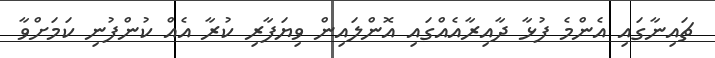
ޗައިނާގައި އެންމެ ފުޅާ ދާއިރާއެއްގައި އޮންލައިން ވިޔަފާރި ކުރާ އެއް ކުންފުނި ކަމަށްވާ